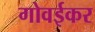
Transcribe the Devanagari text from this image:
गोवईकर